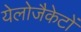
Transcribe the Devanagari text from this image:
येलोजैकेटों